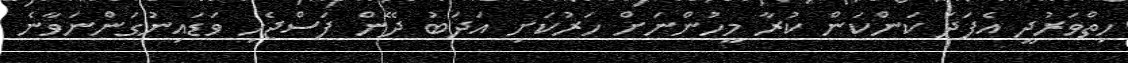
ހިތްވަރުދީ އެފަދަ ކަންކަން ކުރާ މީހުންނަށް ހަރުކަށި އަދަބު ދޭން ފަސްޖެހި ވަޑައިނުގަންނަވާނެ